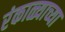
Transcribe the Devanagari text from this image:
रंकाळ्याच्या